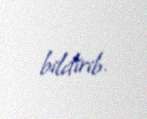
bildirib.